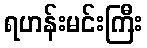
ရဟန်းမင်းကြီး